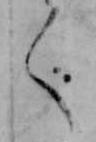
く